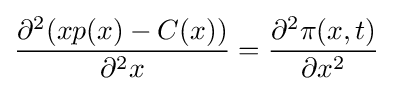
{\frac {\partial ^{2}(xp(x)-C(x))}{\partial ^{2}x}}={\partial ^{2}\pi (x,t) \over \partial x^{2}}